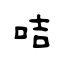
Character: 咭